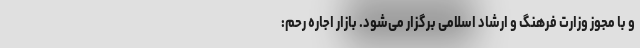
و با مجوز وزارت فرهنگ و ارشاد اسلامی برگزار می‌شود. بازار اجاره رحم: